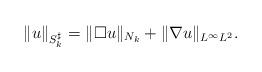
LaTeX: \begin{align*}\| u \|_{S_k^\sharp} = \| \Box u\|_{N_k} + \|\nabla u\|_{L^\infty L^2}.\end{align*}